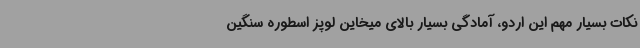
نکات بسیار مهم این اردو، آمادگی بسیار بالای میخاین لوپز اسطوره سنگین